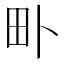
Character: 𤰘